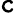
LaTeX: \mathtt{c}